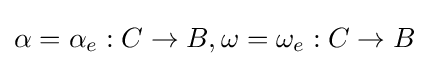
\alpha =\alpha _{e}:C\to B,\omega =\omega _{e}:C\to B